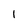
Character: I